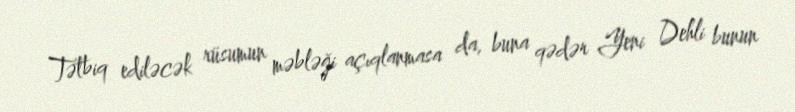
Tətbiq ediləcək rüsumun məbləği açıqlanmasa da, buna qədər Yeni Dehli bunun